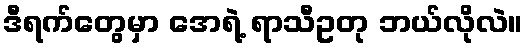
ဒီရက်တွေမှာ အေရဲ့ ရာသီဥတု ဘယ်လိုလဲ။